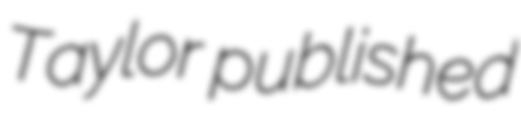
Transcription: Taylor published